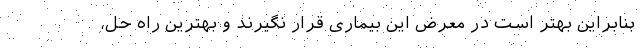
بنابراین بهتر است در معرض این بیماری قرار نگیرند و بهترین راه حل،